Indian journal of veterinary science and animal husbandry - Volume 5,
Year: 1935
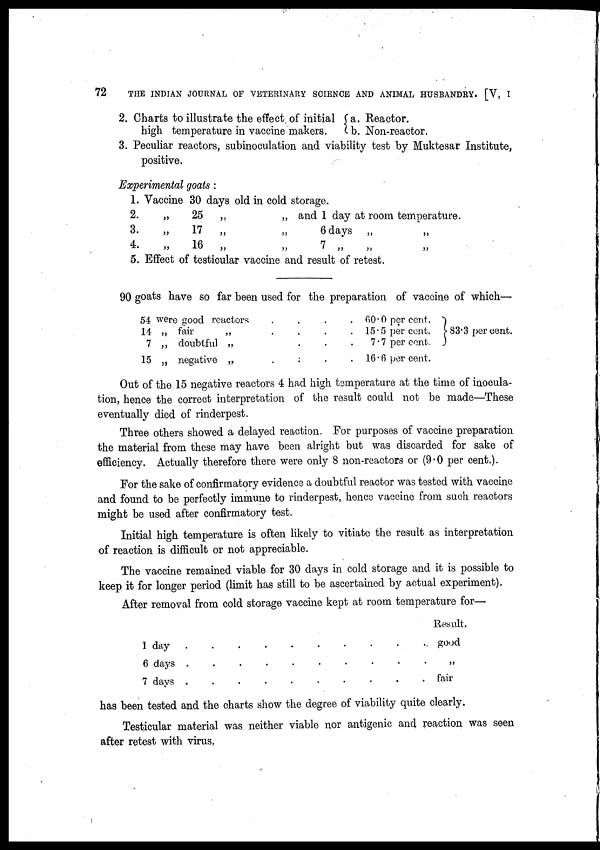
72
THE INDIAN JOURNAL OF VETERINARY SCIENCE AND ANIMAL HUSBANDRY. [V, I
2. Charts to illustrate the effect of initial
high temperature in vaccine makers.
a. Reactor.
b. Non-reactor.
3. Peculiar reactors, subinoculation and viability test by Muktesar Institute,
positive.
Experimental goats :
1.
2.
3.
4.
5.
Vaccine 30 days old in cold storage.
„
25
„
„ and 1 day at room temperature.
„
17
„
„
6 days „
„ 16
„
„
7 „ „
Effect of testicular vaccine and result of retest.
90 goats have so far been used for the preparation of vaccine of which—
54
14
7
15
were good reactors
„ fair
„
„ doubtful „
„ negative „
.
.
.
.
.
.
.
.
.
.
.
.
.
.
.
.
60.0 per cent.
15.5 per cent.
7.7 percent.
16.6 per cent.
} 83.3 per cent.
Out of the 15 negative reactors 4 had high temperature at the time of inocula-
tion, hence the correct interpretation of the result could not be made—These
eventually died of rinderpest.
Three others showed a delayed reaction. For purposes of vaccine preparation
the material from these may have been alright but was discarded for sake of
efficiency. Actually therefore there were only 8 non-reactors or (9.0 per cent.).
For the sake of confirmatory evidence a doubtful reactor was tested with vaccine
and found to be perfectly immune to rinderpest, hence vaccine from such reactors
might be used after confirmatory test.
Initial high temperature is often likely to vitiate the result as interpretation
of reaction is difficult or not appreciable.
The vaccine remained viable for 30 days in cold storage and it is possible to
keep it for longer period (limit has still to be ascertained by actual experiment).
After removal from cold storage vaccine kept at room temperature for—
1 day
6 days
7 days
.
.
.
.
.
.
.
.
.
.
.
.
.
.
.
.
.
.
.
.
.
.
.
.
.
.
.
.
.
.
Result.
good
„
fair
has been tested and the charts show the degree of viability quite clearly.
Testicular material was neither viable nor antigenic and reaction was seen
after retest with virus,